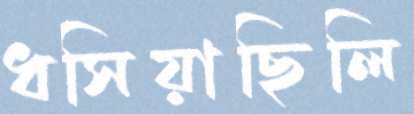
ধসিয়াছিলি